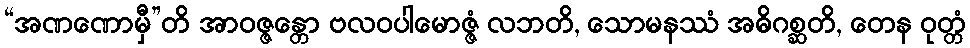
“အဏဏောမှီ”တိ အာဝဇ္ဇန္တော ဗလဝပါမောဇ္ဇံ လဘတိ, သောမနဿံ အဓိဂစ္ဆတိ, တေန ဝုတ္တံ